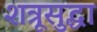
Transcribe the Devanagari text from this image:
शत्रूसुद्धा